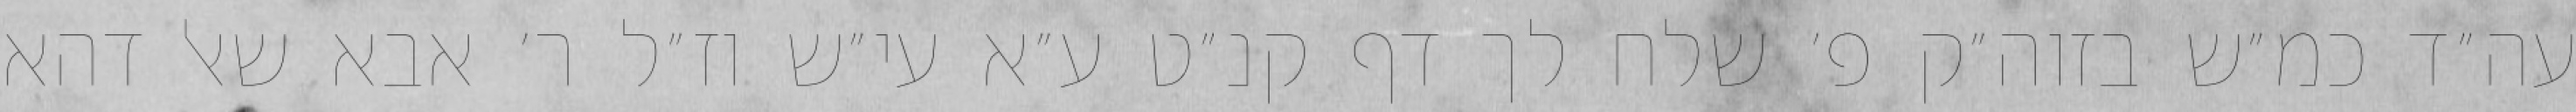
עה״ד כמ״ש בזוה״ק פ׳ שלח לך דף קנ״ט ע״א עי״ש וז״ל ר׳ אבא שאל דהא